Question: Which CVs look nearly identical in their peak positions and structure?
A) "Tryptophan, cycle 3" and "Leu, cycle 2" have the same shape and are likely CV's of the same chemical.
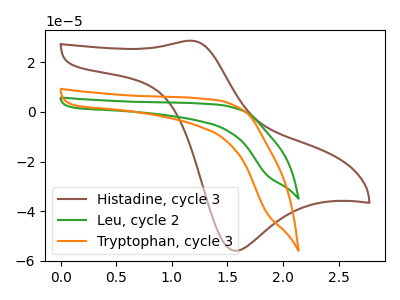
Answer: <think>The brown curve "Histadine, cycle 3" has an anodic peak at (1.20V, 28.65uA) and a cathodic peak at (1.55V, -55.90uA). The green curve "Leu, cycle 2" has no peaks. The orange curve "Tryptophan, cycle 3" has no peaks.
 "Histadine, cycle 3" and "Leu, cycle 2" have a different number of peaks. "Histadine, cycle 3" and "Tryptophan, cycle 3" have a different number of peaks. Neither "Leu, cycle 2" or "Tryptophan, cycle 3" have any peaks.</think>
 <answer>A) "Tryptophan, cycle 3" and "Leu, cycle 2" have the same shape and are likely CV's of the same chemical.</answer>
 <eval>A</eval>